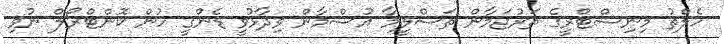
ހެލްތު މިނިސްޓްރީގެ ތަރުޖަމާން ތަސްލީމާ އުސްމާން ވިދާޅުވީ ޑެންގީ ހުން ކޮންޓްރޯލް ނުވި